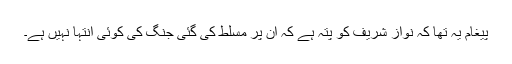
پیغام یہ تھا کہ نواز شریف کو پتہ ہے کہ اُن پر مسلط کی گئی جنگ کی کوئی انتہا نہیں ہے۔